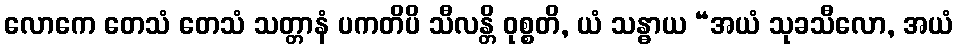
လောကေ တေသံ တေသံ သတ္တာနံ ပကတိပိ သီလန္တိ ဝုစ္စတိ, ယံ သန္ဓာယ “အယံ သုခသီလော, အယံ